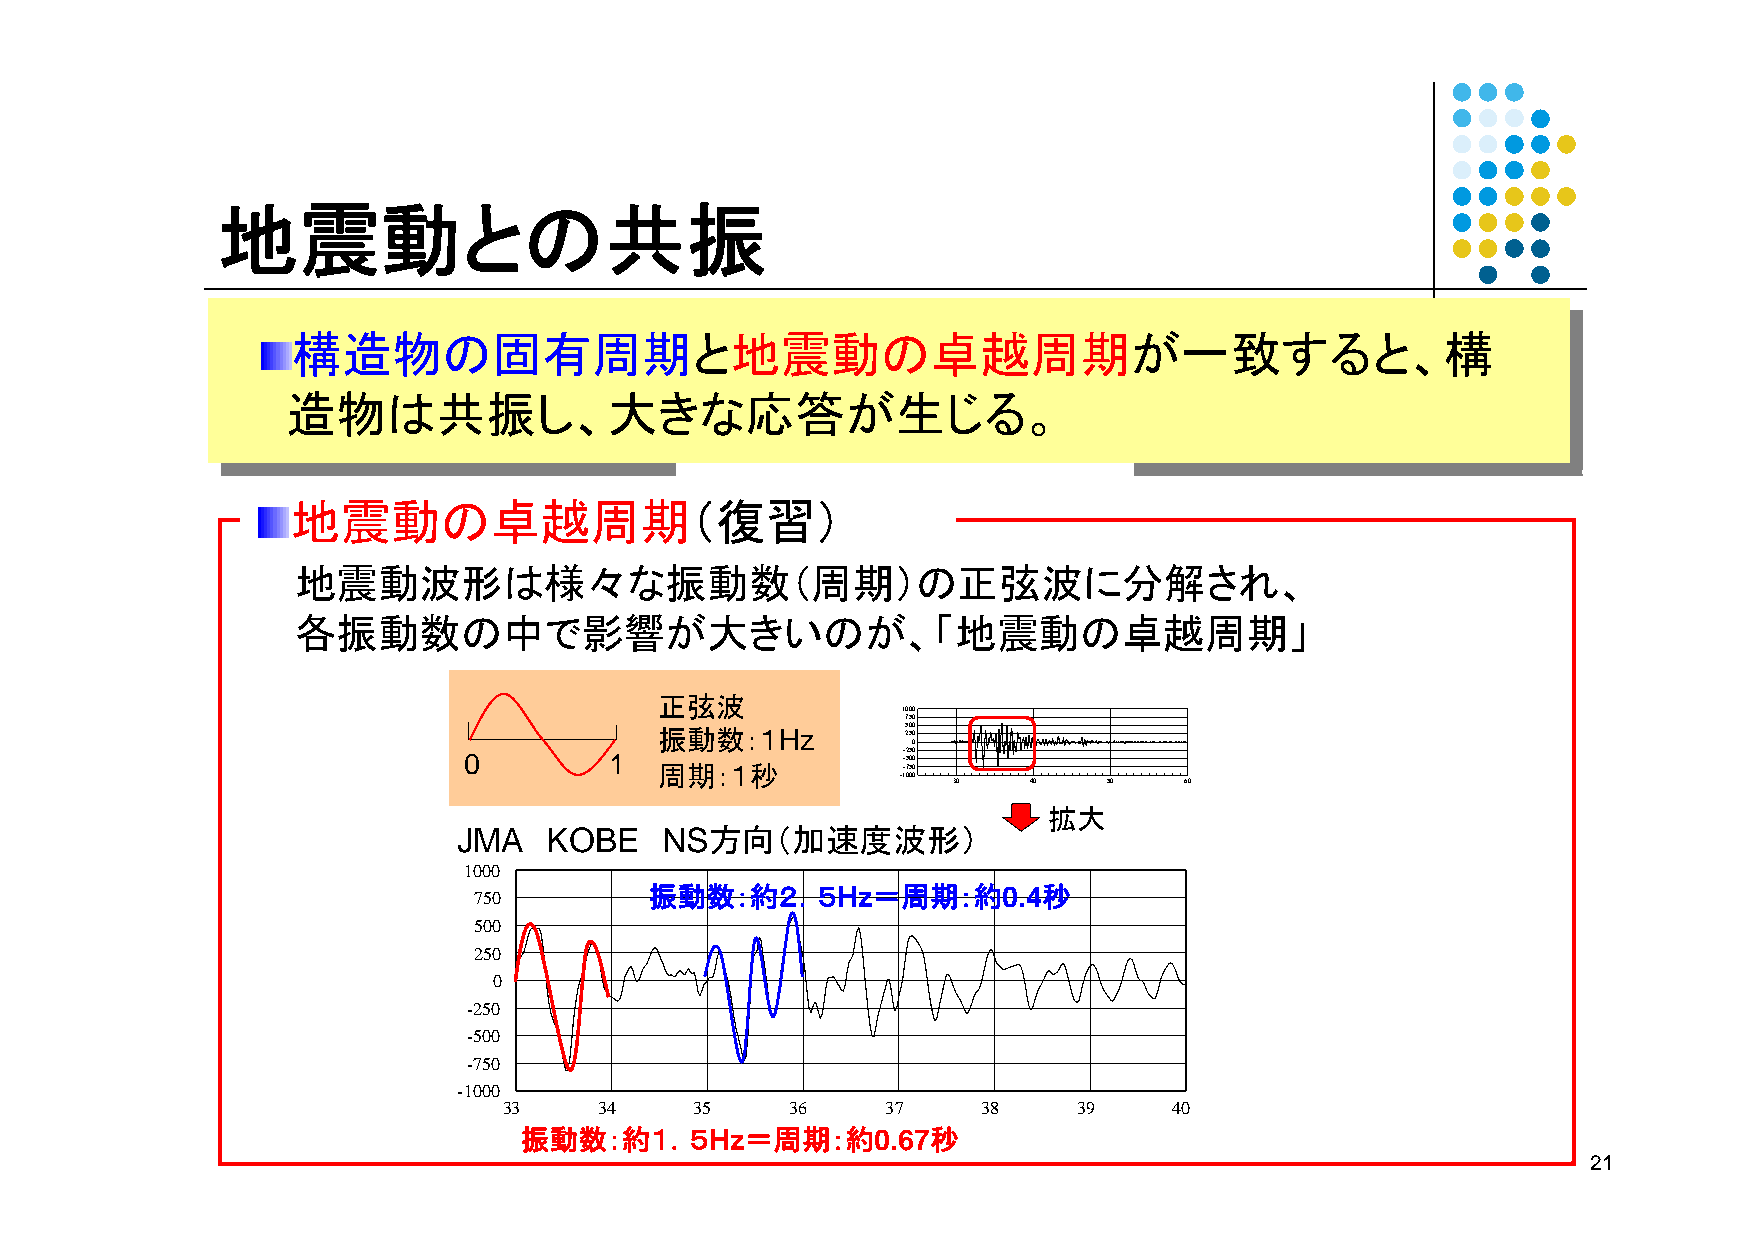
地震動との共振
 構造物の固有周期と地震動の卓越周期が一致すると、構
 造物は共振し、大きな応答が生じる。
 地震動の卓越周期（復習）
 地震動波形は様々な振動数（周期）の正弦波に分解され、
 各振動数の中で影響が大きいのが、「地震動の卓越周期」
 正弦波
 1000
 750
 振動数：１Hz         25 50 00
 0
 0        1                   -- 52 05 00
 周期：１秒           -750
 -1000
 30   40   50   60
 拡大
 JMA   KOBE    NS方向（加速度波形）
 11000000
 振振動動数数：：約約２２．．５５HHzz＝＝周周期期：：約約00..44秒秒
 775500
 550000
 225500
 00
 --225500
 --550000
 --775500
 --11000000
 3333   3344  3355  3366   3377  3388  3399   4400
 振振動動数数：：約約１１．．５５HHzz＝＝周周期期：：約約00..6677秒秒
 21